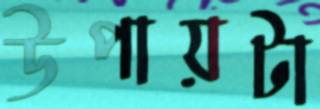
উপায়টা